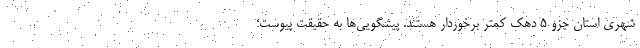
شهری استان جزو 5 دهک کمتر برخوردار هستند. پیشگویی‌ها به حقیقت پیوست؛